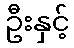
ဦးနှင့်